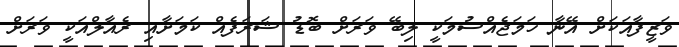
ވަޒީފާއަކަށް އޭނާ ހަމަޖެއްސުމަކީ ލިބޭ ވަރަށް ބޮޑު ޝަރަފެއް ކަމަށާއި ރެއާލްއަކީ ވަރަށް